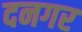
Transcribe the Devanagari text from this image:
दनगर